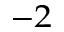
^ { - 2 }